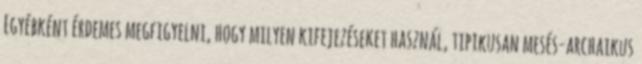
Egyébként érdemes megfigyelni, hogy milyen kifejezéseket használ, tipikusan mesés-archaikus